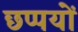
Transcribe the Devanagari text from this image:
छप्पयों